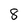
Character: 8